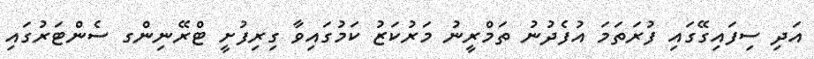
އަދި ސިފައިގޭގައި ފުރަތަމަ އުފެދުނު ތަމްރީނު މަރުކަޒު ކަމުގައިވާ ގިރިފުށީ ޓްރޭނިންގ ސެންޓަރުގައި